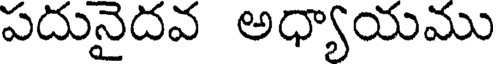
పదునైదవ అధ్యాయము